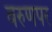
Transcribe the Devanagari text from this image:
वरुणपर